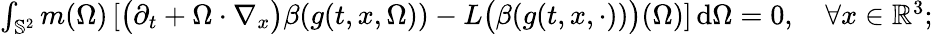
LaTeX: \begin{array}{r}{\int_{\mathbb S^{2}}m(\Omega)\left[\big(\partial_{t}+\Omega\cdot\nabla_{x}\big)\beta(g(t,x,\Omega))-L\big(\beta(g(t,x,\cdot))\big)(\Omega)\right]\, \mathrm{d}\Omega=0,\quad\forall x\in\mathbb{R}^{3};}\end{array}